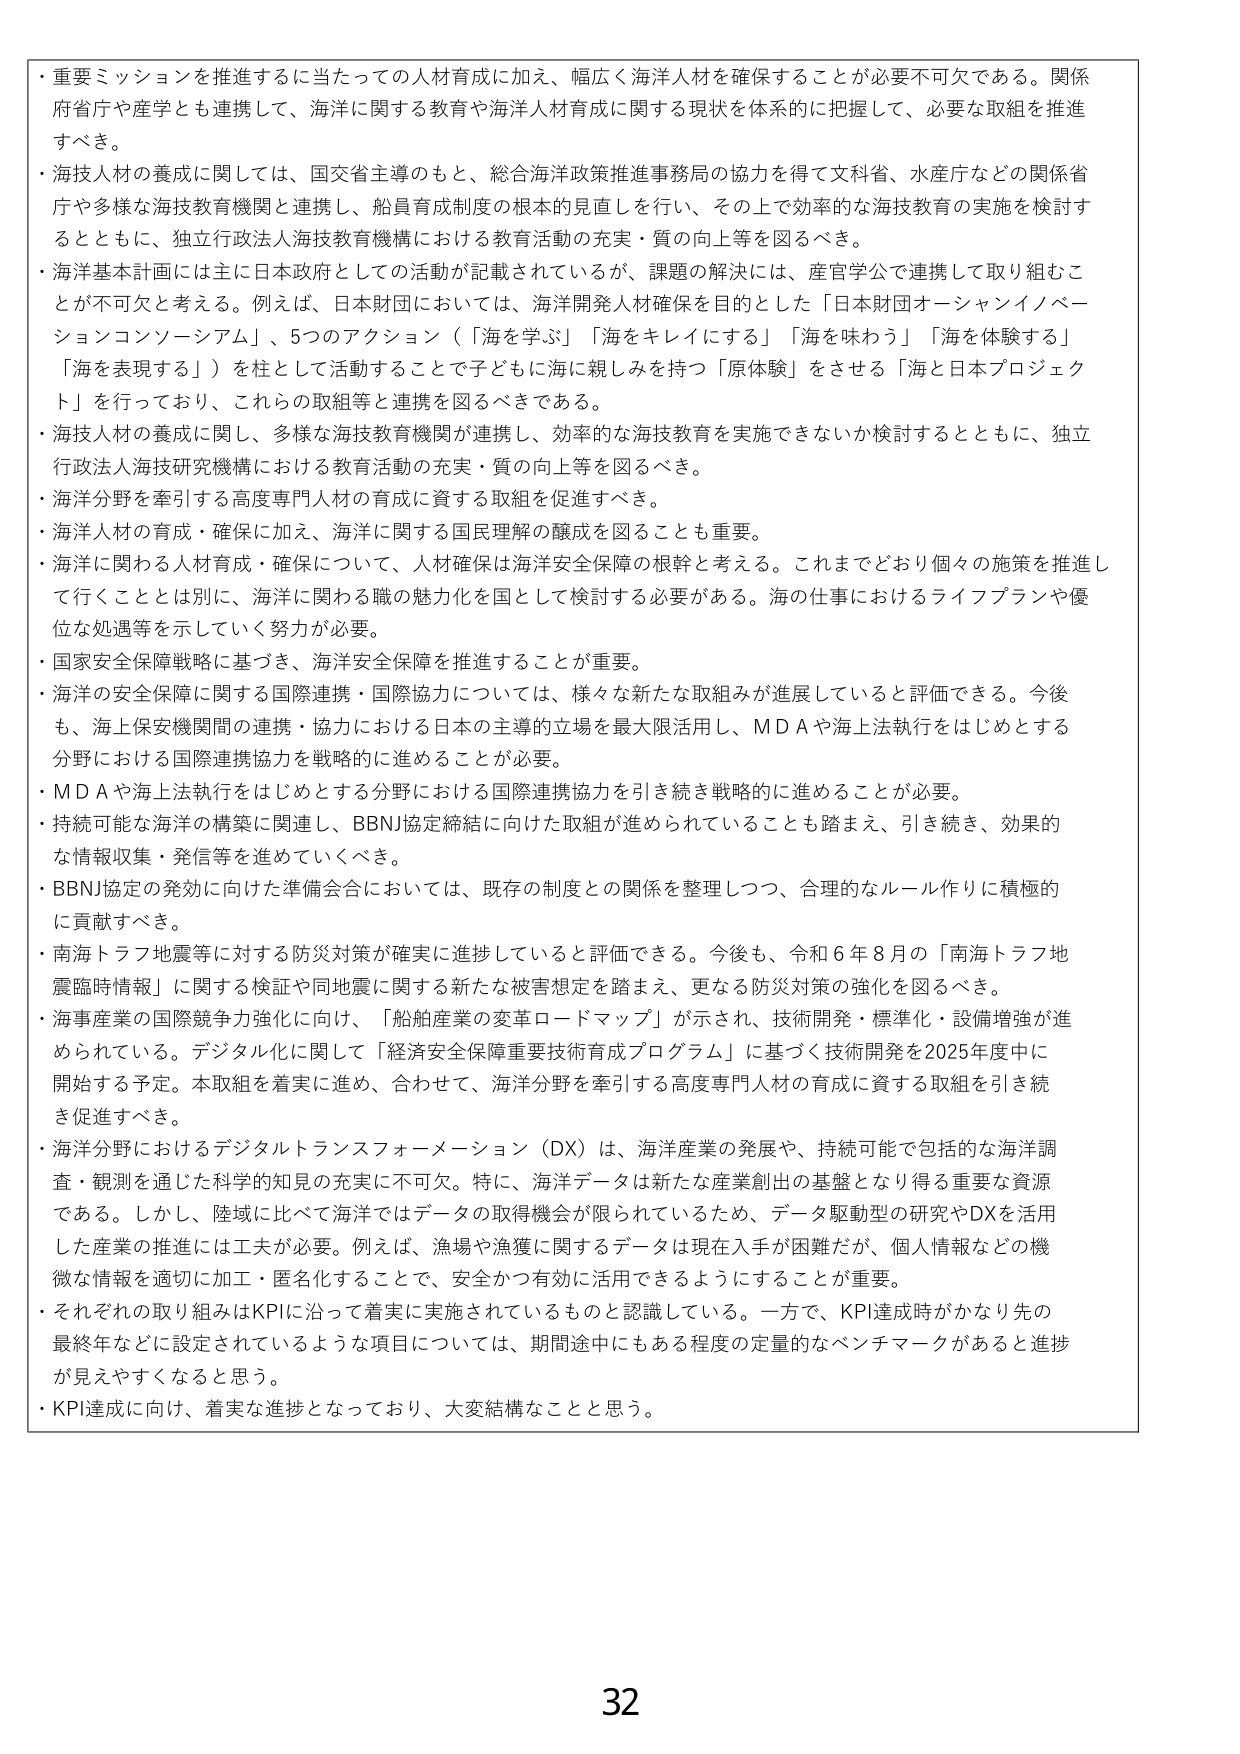
・重要ミッションを推進するに当たっての人材育成に加え、幅広く海洋人材を確保することが必要不可欠である。関係府省庁や産学とも連携して、海洋に関する教育や海洋人材育成に関する現状を体系的に把握して、必要な取組を推進すべき。

・海技人材の養成に関しては、国交省主導のもと、総合海洋政策推進事務局の協力を得て文科省、水産庁などの関係省庁や多様な海技教育機関と連携し、船員育成制度の根本的見直しを行い、その上で効率的な海技教育の実施を検討するとともに、独立行政法人海技教育機構における教育活動の充実・質の向上等を図るべき。

・海洋基本計画には主に日本政府としての活動が記載されているが、課題の解決には、産官学公で連携して取り組むことが不可欠と考える。例えば、日本財団においては、海洋開発人材確保を目的とした「日本財団オーシャンイノベーションコンソーシアム」、5つのアクション（「海を学ぶ」「海をキレイにする」「海を味わう」「海を体験する」「海を表現する」）を柱として活動することで子どもに海に親しみを持つ「原体験」をさせる「海と日本プロジェクト」を行っており、これらの取組等と連携を図るべきである。

・海技人材の養成に関し、多様な海技教育機関が連携し、効率的な海技教育を実施できないか検討するとともに、独立行政法人海技研究機構における教育活動の充実・質の向上等を図るべき。

・海洋分野を牽引する高度専門人材の育成に資する取組を促進すべき。

・海洋人材の育成・確保に加え、海洋に関する国民理解の醸成を図ることも重要。

・海洋に関わる人材育成・確保について、人材確保は海洋安全保障の根幹と考える。これまでどおり個々の施策を推進して行くこととは別に、海洋に関わる職の魅力化を国として検討する必要がある。海の仕事におけるライフプランや優位な処遇等を示していく努力が必要。

・国家安全保障戦略に基づき、海洋安全保障を推進することが重要。

・海洋の安全保障に関する国際連携・国際協力については、様々な新たな取組みが進展していると評価できる。今後も、海上保安機関間の連携・協力における日本の主導的立場を最大限活用し、MDAや海上法執行をはじめとする分野における国際連携協力を戦略的に進めることが必要。

・MDAや海上法執行をはじめとする分野における国際連携協力を引き続き戦略的に進めることが必要。

・持続可能な海洋の構築に関連し、BBNJ協定締結に向けた取組が進められていることも踏まえ、引き続き、効果的な情報収集・発信等を進めていくべき。

・BBNJ協定の発効に向けた準備会合においては、既存の制度との関係を整理しつつ、合理的なルール作りに積極的に貢献すべき。

・南海トラフ地震等に対する防災対策が確実に進捗していると評価できる。今後も、令和6年8月の「南海トラフ地震臨時情報」に関する検証や同地震に関する新たな被害想定を踏まえ、更なる防災対策の強化を図るべき。

・海事産業の国際競争力強化に向け、「船舶産業の変革ロードマップ」が示され、技術開発・標準化・設備増強が進められている。デジタル化に関して「経済安全保障重要技術育成プログラム」に基づく技術開発を2025年度中に開始する予定。本取組を着実に進め、合わせて、海洋分野を牽引する高度専門人材の育成に資する取組を引き続き促進すべき。

・海洋分野におけるデジタルトランスフォーメーション（DX）は、海洋産業の発展や、持続可能で包括的な海洋調査・観測を通じた科学的知見の充実に不可欠。特に、海洋データは新たな産業創出の基盤となり得る重要な資源である。しかし、陸域に比べて海洋ではデータの取得機会が限られているため、データ駆動型の研究やDXを活用した産業の推進には工夫が必要。例えば、漁場や漁獲に関するデータは現在入手が困難だが、個人情報などの機微な情報を適切に加工・匿名化することで、安全かつ有効に活用できるようにすることが重要。

・それぞれの取り組みはKPIに沿って着実に実施されているものと認識している。一方で、KPI達成時がかなり先の最終年などに設定されているような項目については、期間途中にもある程度の定量的なベンチマークがあると進捗が見えやすくなると思う。

・KPI達成に向け、着実な進捗となっており、大変結構なことと思う。

32